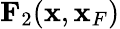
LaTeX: {\mathbf F}_{2}({\mathbf x},{\mathbf x}_{F})